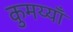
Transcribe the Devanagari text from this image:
कुमय्याँ